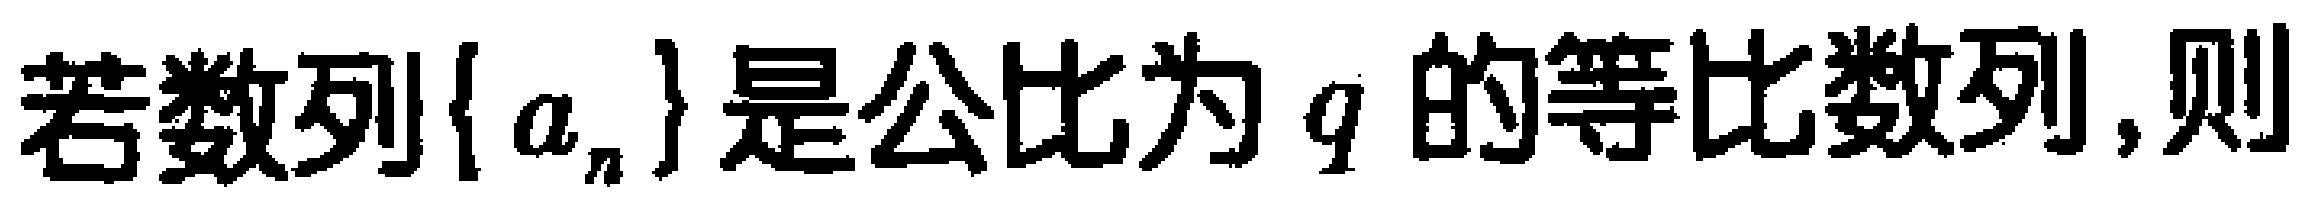
若数列\(\{ a_{n}\}\)是公比为\(q\)的等比数列,则